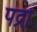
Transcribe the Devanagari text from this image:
पद्रों